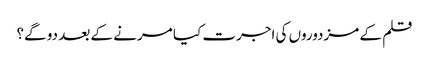
قلم کے مزدوروں کی اجرت کیا مرنے کے بعد دو گے؟